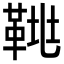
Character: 𩊲